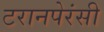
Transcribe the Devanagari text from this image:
टरानपेरंसी